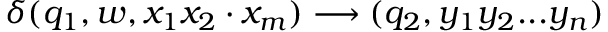
\delta ( q _ { 1 } , w , x _ { 1 } x _ { 2 } \cdot x _ { m } ) \longrightarrow ( q _ { 2 } , y _ { 1 } y _ { 2 } . . . y _ { n } )